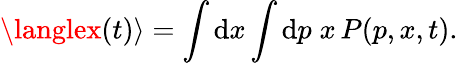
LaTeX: \langlex(t)\rangle=\int\mathrm{d}x\int\mathrm{d}p\; x\, P(p,x,t).